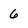
Character: 6